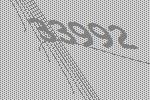
33992